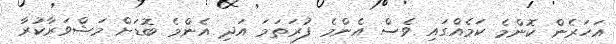
އަހަރެން ކޮންމެ ކަމެއްގައި ވެސް އެންމެ ފުރަތަމަ އަދި އެންމެ ބޮޑަށް މަޝްވަރާކުރާ